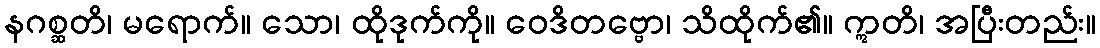
နဂစ္ဆတိ၊ မရောက်။ သော၊ ထိုဒုက်ကို။ ဝေဒိတဗ္ဗော၊ သိထိုက်၏။ ဣတိ၊ အပြီးတည်း။